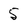
Character: 5